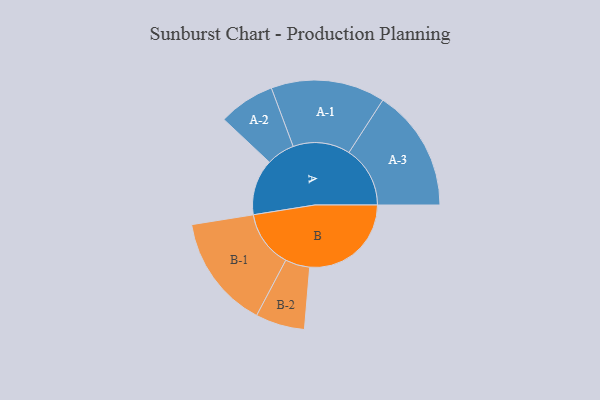
{"axis": {"x": "Segment", "y": "Value"}, "legend": ["", "A", "B"], "data": [{"x": "A", "y": 234, "type": ""}, {"x": "B", "y": 425, "type": ""}, {"x": "A-1", "y": 239, "type": "A"}, {"x": "A-2", "y": 118, "type": "A"}, {"x": "A-3", "y": 256, "type": "A"}, {"x": "B-1", "y": 238, "type": "B"}, {"x": "B-2", "y": 103, "type": "B"}]}